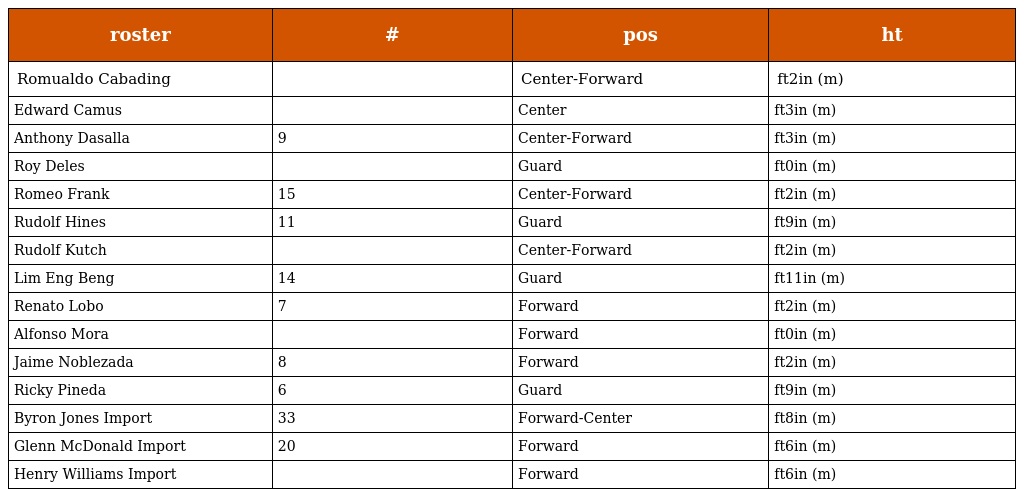
| roster | # | pos | ht |
 | --- | --- | --- | --- |
 | Romualdo Cabading |  | Center-Forward | ft2in (m) |
 | Edward Camus |  | Center | ft3in (m) |
 | Anthony Dasalla | 9 | Center-Forward | ft3in (m) |
 | Roy Deles |  | Guard | ft0in (m) |
 | Romeo Frank | 15 | Center-Forward | ft2in (m) |
 | Rudolf Hines | 11 | Guard | ft9in (m) |
 | Rudolf Kutch |  | Center-Forward | ft2in (m) |
 | Lim Eng Beng | 14 | Guard | ft11in (m) |
 | Renato Lobo | 7 | Forward | ft2in (m) |
 | Alfonso Mora |  | Forward | ft0in (m) |
 | Jaime Noblezada | 8 | Forward | ft2in (m) |
 | Ricky Pineda | 6 | Guard | ft9in (m) |
 | Byron Jones Import | 33 | Forward-Center | ft8in (m) |
 | Glenn McDonald Import | 20 | Forward | ft6in (m) |
 | Henry Williams Import |  | Forward | ft6in (m) |